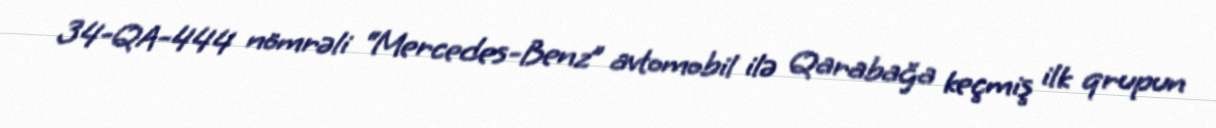
34-QA-444 nömrəli “Mercedes-Benz” avtomobil ilə Qarabağa keçmiş ilk qrupun